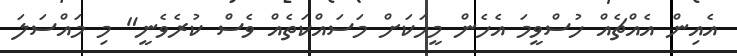
އެއިން އެއްޗެއް ހުސްވީމަ އެހެން މީހަކަށް މަސައްކަތެއް ވެސް ކުރެވެނީ" މި މައްސަލަ